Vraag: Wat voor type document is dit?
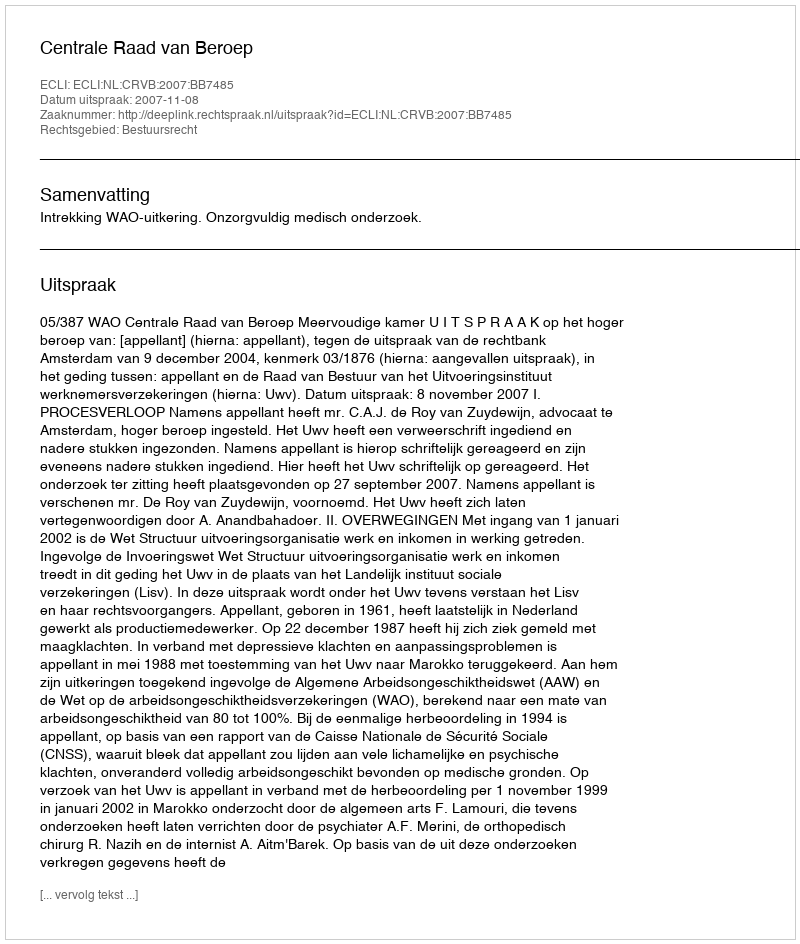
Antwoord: Uitspraak